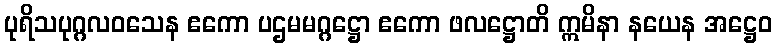
ပုရိသပုဂ္ဂလဝသေန ဧကော ပဌမမဂ္ဂဋ္ဌော ဧကော ဖလဋ္ဌောတိ ဣမိနာ နယေန အဋ္ဌေဝ